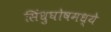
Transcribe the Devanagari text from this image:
सिंधुघोषमध्ये